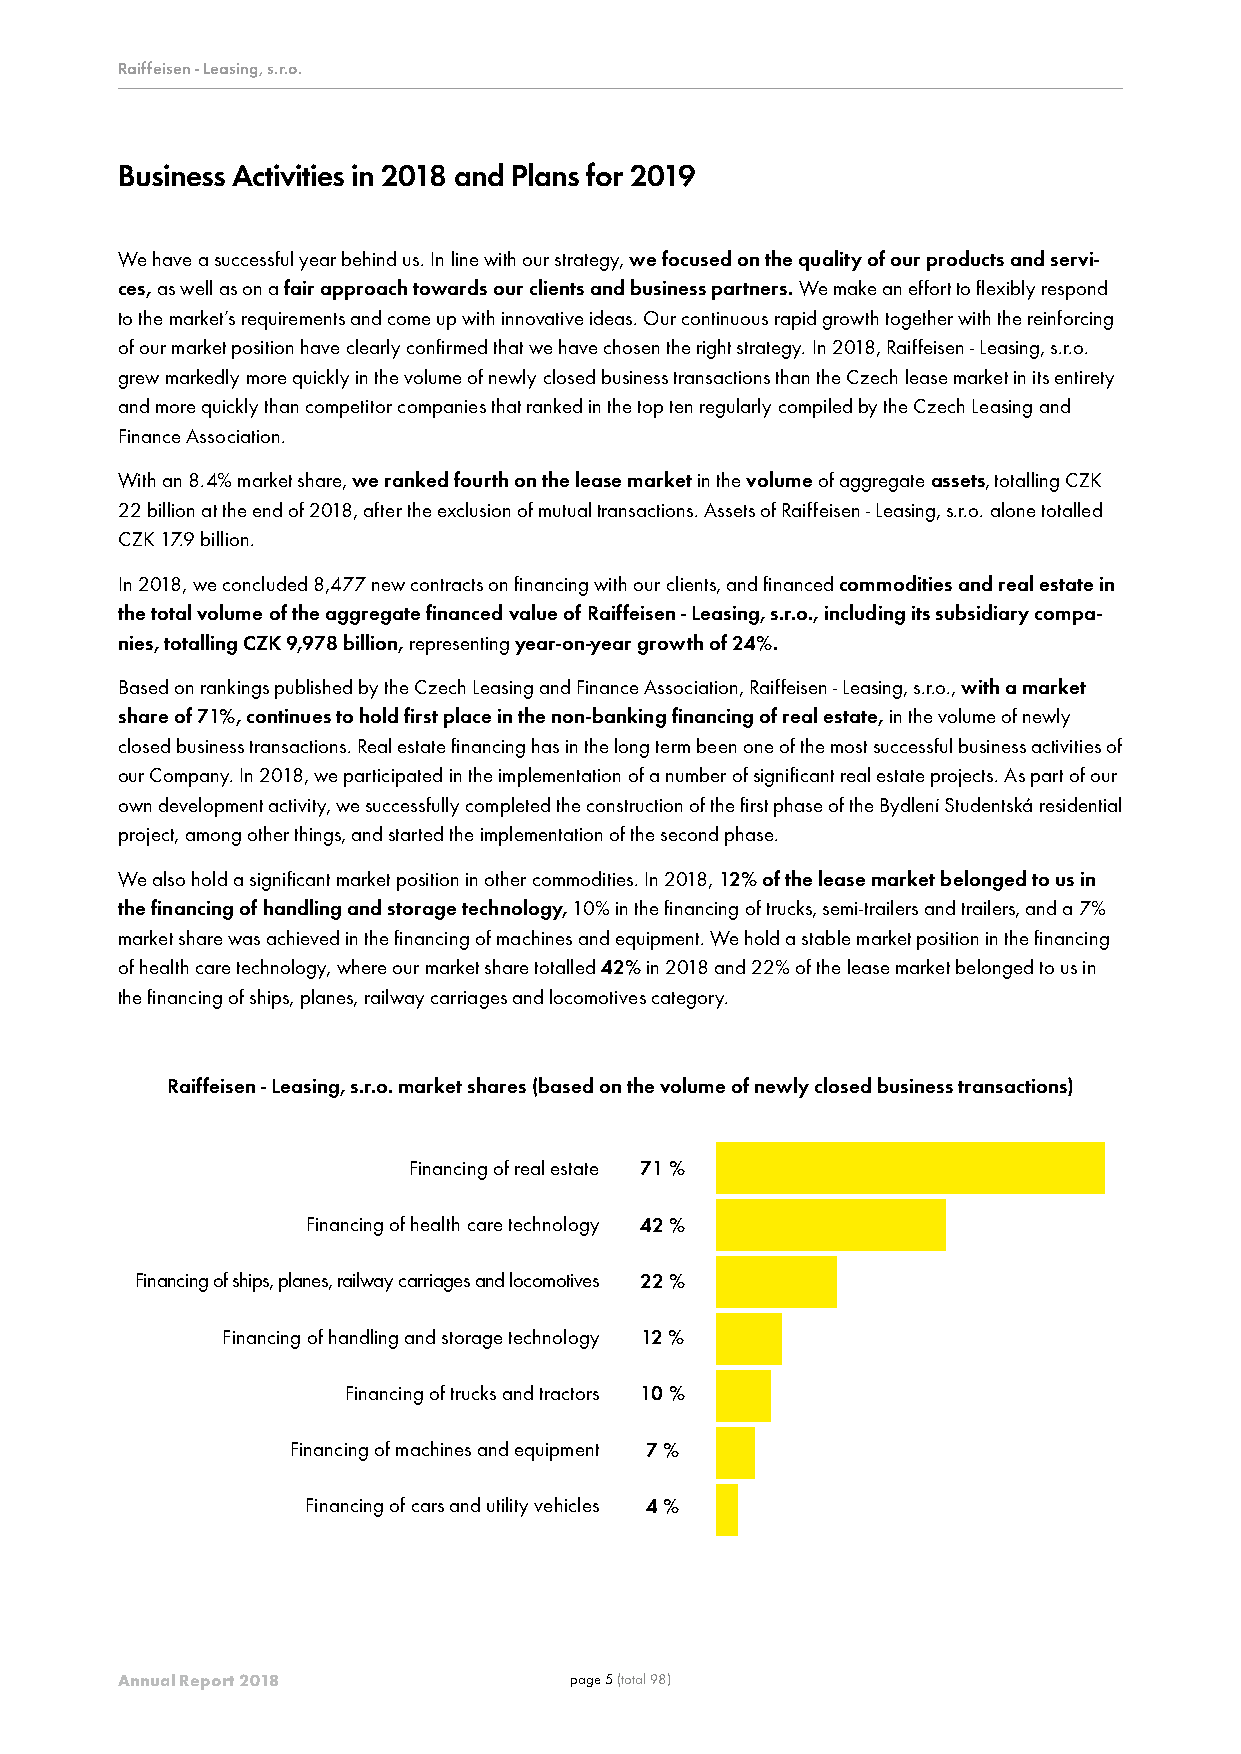
RRRaaaiiiffffffeeeiiissseeennn --- LLLeeeaaasssiiinnnggg,,, sss...rrr...ooo... -- POříblochhao dinndí iavkidtiuváityln rí oúkčue t2n0í 1z8áv aě rpklyá n- yR onka kroonkč 2íc0í 1391. prosincem 2018
 Business Activities in 2018 and Plans for 2019
 We have a successful year behind us. In line with our strategy, we focused on the quality of our products and servi-
 ces, as well as on a fair approach towards our clients and business partners. We make an effort to flexibly respond
 to the market’s requirements and come up with innovative ideas. Our continuous rapid growth together with the reinforcing
 of our market position have clearly confirmed that we have chosen the right strategy. In 2018, Raiffeisen - Leasing, s.r.o.
 grew markedly more quickly in the volume of newly closed business transactions than the Czech lease market in its entirety
 and more quickly than competitor companies that ranked in the top ten regularly compiled by the Czech Leasing and
 Finance Association.
 With an 8.4% market share, we ranked fourth on the lease market in the volume of aggregate assets, totalling CZK
 22 billion at the end of 2018, after the exclusion of mutual transactions. Assets of Raiffeisen - Leasing, s.r.o. alone totalled
 CZK 17.9 billion.
 In 2018, we concluded 8,477 new contracts on financing with our clients, and financed commodities and real estate in
 the total volume of the aggregate financed value of Raiffeisen - Leasing, s.r.o., including its subsidiary compa-
 nies, totalling CZK 9,978 billion, representing year-on-year growth of 24%.
 Based on rankings published by the Czech Leasing and Finance Association, Raiffeisen - Leasing, s.r.o., with a market
 share of 71%, continues to hold first place in the non-banking financing of real estate, in the volume of newly
 closed business transactions. Real estate financing has in the long term been one of the most successful business activities of
 our Company. In 2018, we participated in the implementation of a number of significant real estate projects. As part of our
 own development activity, we successfully completed the construction of the first phase of the Bydlení Studentská residential
 project, among other things, and started the implementation of the second phase.
 We also hold a significant market position in other commodities. In 2018, 12% of the lease market belonged to us in
 the financing of handling and storage technology, 10% in the financing of trucks, semi-trailers and trailers, and a 7%
 market share was achieved in the financing of machines and equipment. We hold a stable market position in the financing
 of health care technology, where our market share totalled 42% in 2018 and 22% of the lease market belonged to us in
 the financing of ships, planes, railway carriages and locomotives category.
 Raiffeisen - Leasing, s.r.o. market shares (based on the volume of newly closed business transactions)
 Financing of real estate 71 %
 Financing of health care technology 42 %
 Financing of ships, planes, railway carriages and locomotives 22 %
 Financing of handling and storage technology 12 %
 Financing of trucks and tractors 10 %
 Financing of machines and equipment 7 %
 Financing of cars and utility vehicles 4 %
 Annual Report 2018            page 5 (total 98)